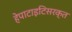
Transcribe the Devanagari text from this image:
हेपाटाइटिसरक्त